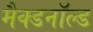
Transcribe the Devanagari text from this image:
मैक्डनॉल्ड